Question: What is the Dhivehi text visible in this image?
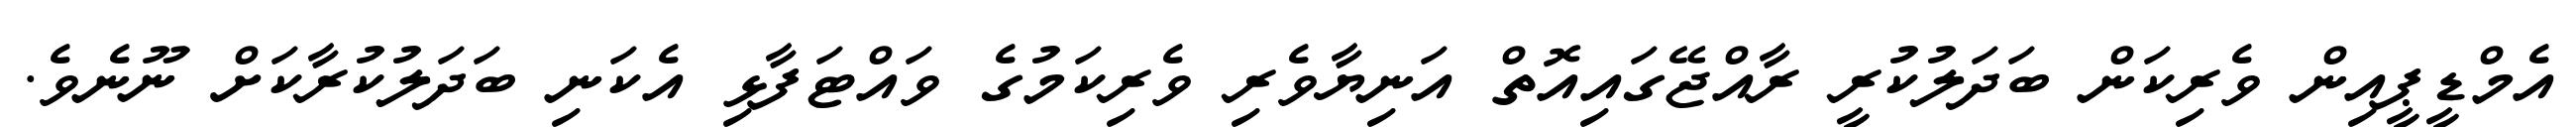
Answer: އެމްޑީޕީއިން ވެރިކަން ބަދަލުކުރީ ރާއްޖޭގައިއޮތް އަނިޔާވެރި ވެރިކަމުގެ ވައްޓަފާޅި އެކަނި ބަދަލުކުރާކަށް ނޫނެވެ.